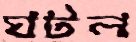
ঘটল